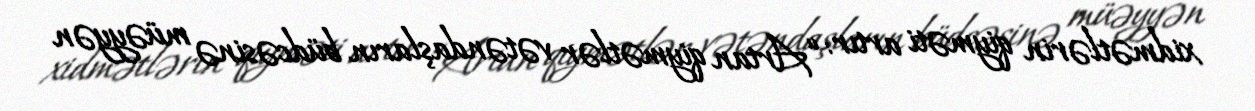
xidmətlərin qiyməti artır: “Artan qiymətlər vətəndaşların büdcəsinə müəyyən